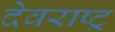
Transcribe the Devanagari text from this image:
देवराष्ट्र